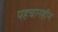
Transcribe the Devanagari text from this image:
पहचानहीन